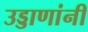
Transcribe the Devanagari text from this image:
उड्डाणांनी